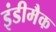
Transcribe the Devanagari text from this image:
इंडीमैक